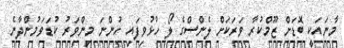
މާނައަކީ ބޮޑަށް ޒޫމްކުރާ ވަރަކަށް ލެންސްގެ ލޯ ހުޅުވިފައި ހުންނަ މިންވަރު ކުޑަވަމުންދާނެ